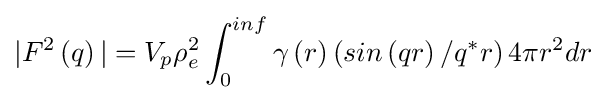
|F^{2}\left(q\right)|=V_{p}\rho _{e}^{2}\int _{0}^{inf}\gamma \left(r\right)\left(sin\left(qr\right)/q^{*}r\right)4\pi r^{2}dr